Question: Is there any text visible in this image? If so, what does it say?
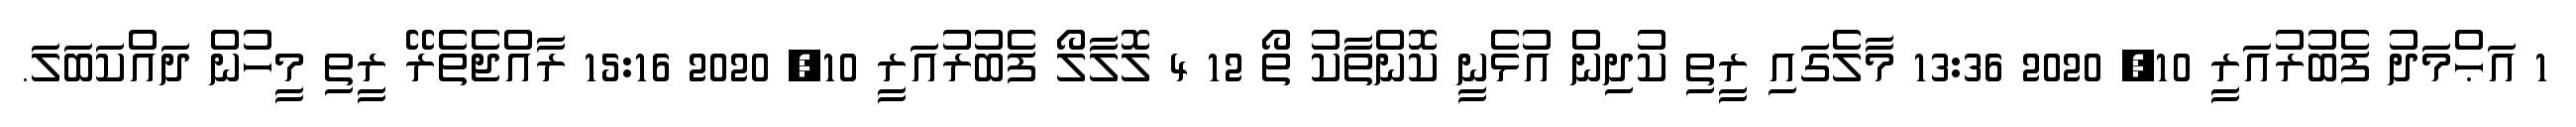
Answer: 1 އަޙްމަދު ފެބުރުއަރީ 10, 2020 13:36 މާލެގައި ރީތި ކުދިން އުޅެނީ ކޮންތާކު ތޯ 12 4 ލޮލާލޯ ފެބުރުއަރީ 10, 2020 15:16 ރާއްޖެތެރޭ ރީތި މީހުން ދައްކަބަލަ.